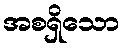
အစရှိသော